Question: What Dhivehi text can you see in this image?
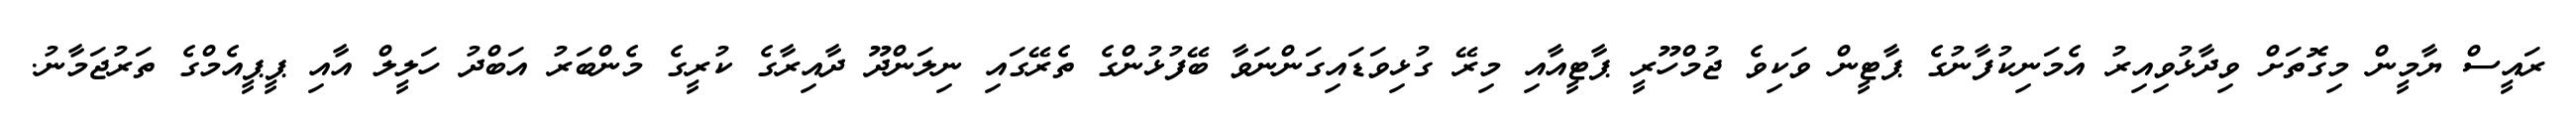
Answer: ރައީސް ޔާމީން މިގޮތަށް ވިދާޅުވިއިރު އެމަނިކުފާނުގެ ޕާޓީން ވަކިވެ ޖުމްހޫރީ ޕާޓީއާއި މިރޭ ގުޅިވަޑައިގަންނަވާ ބޭފުޅުންގެ ތެރޭގައި ނިލަންދޫ ދާއިރާގެ ކުރީގެ މެންބަރު އަބްދު ހަލީލް އާއި ޕީޕީއެމްގެ ތަރުޖަމާނު.